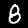
Label: 8